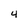
Character: 4